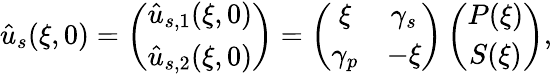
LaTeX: \hat{u}_{s}(\xi,0)=\left(\begin{array}{cc}{\hat{u}_{s,1}(\xi,0)}\\ {\hat{u}_{s,2}(\xi,0)}\end{array}\right)=\left(\begin{array}{cc}{\xi}&{\gamma_{s}}\\ {\gamma_{p}}&{-\xi}\end{array}\right)\left(\begin{array}{cc}{P(\xi)}\\ {S(\xi)}\end{array}\right),